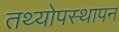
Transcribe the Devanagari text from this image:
तथ्योपस्थापन